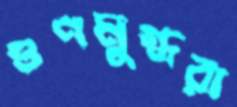
গুণমুগ্ধরা